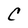
Character: C